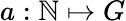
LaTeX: a:\mathbb{N}\mapsto G